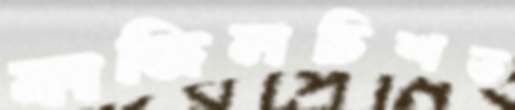
ফাজিলচিশত